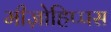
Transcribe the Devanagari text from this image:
मीज़ोहिप्पस